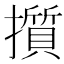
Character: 㩫